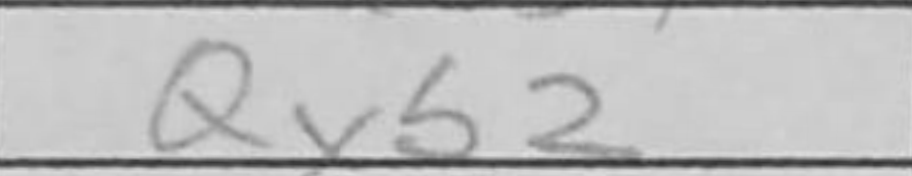
Transcription: Qxb2